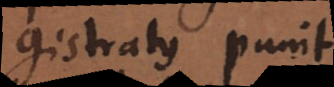
Magistratus punit.